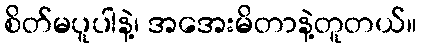
စိတ်မပူပါနဲ့၊ အအေးမိတာနဲ့တူတယ်။